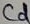
Text: Cd